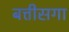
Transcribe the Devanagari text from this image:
बत्तीसगा